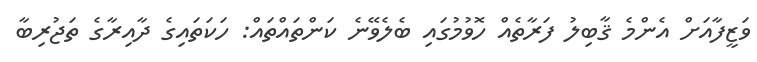
ވަޒީފާއަށް އެންމެ ޤާބިލު ފަރާތެއް ހޮވުމުގައި ބެލެވޭނެ ކަންތައްތައް: ހަކަތައިގެ ދާއިރާގެ ތަޖުރިބާ